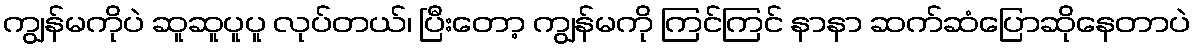
ကျွန်မကိုပဲ ဆူဆူပူပူ လုပ်တယ်၊ ပြီးတော့ ကျွန်မကို ကြင်ကြင် နာနာ ဆက်ဆံပြောဆိုနေတာပဲ